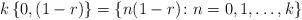
LaTeX: \begin{align*}k \left\{0,(1-r) \right\}= \left\{ n(1-r) \colon n=0,1,\ldots, k\right\}\end{align*}